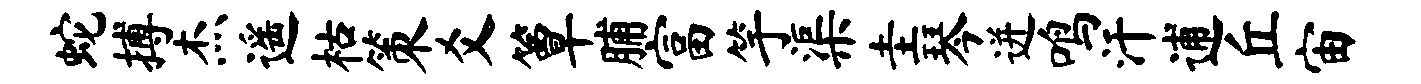
蛇搏杰遥枯策爻簟脯富竽渠圭琴迸鸣汗逋丘宙